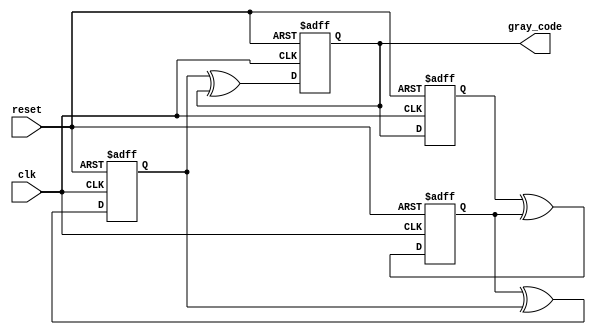
module gray_code_ring_counter (
  input wire clk,
  input wire reset,
  output reg [3:0] gray_code
);

reg [3:0] q [0:3]; // array of D flip-flops

always @(posedge clk or posedge reset) begin
  if (reset) begin
    q[0] <= 4'b0000;
    q[1] <= 4'b0001;
    q[2] <= 4'b0011;
    q[3] <= 4'b0010;
  end else begin
    q[0] <= q[3];
    q[1] <= q[0] ^ q[1];
    q[2] <= q[1] ^ q[2];
    q[3] <= q[2] ^ q[3];
  end
end

assign gray_code = q[3];

endmodule